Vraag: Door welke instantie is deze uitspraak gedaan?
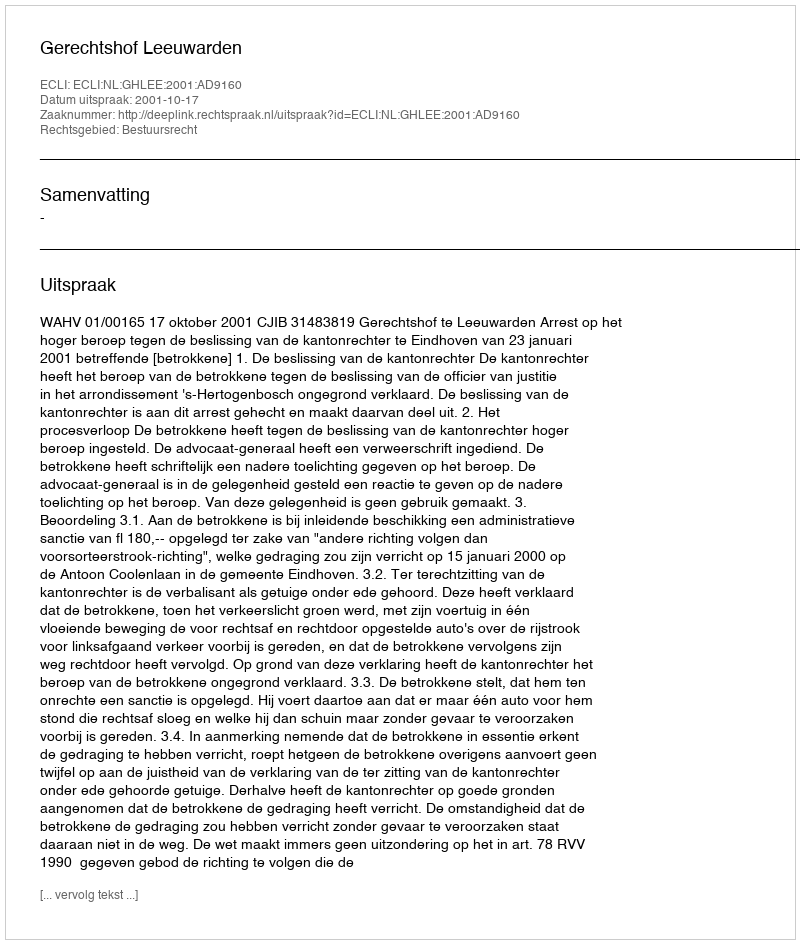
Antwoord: Gerechtshof Leeuwarden